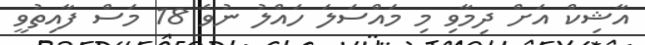
އާޝިކް އަށް ދިމާވި މި މައްސަލަ ހައްލު ނުވެ 18 މަސް ފާއިތުވީ